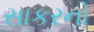
સાકરનો